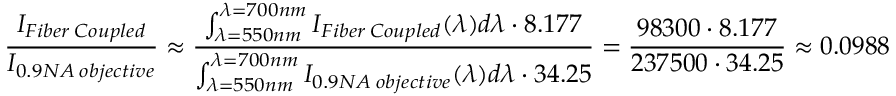
\frac { I _ { F i b e r \: C o u p l e d } } { I _ { 0 . 9 N A \: o b j e c t i v e } } \approx \frac { \int _ { \lambda = 5 5 0 n m } ^ { \lambda = 7 0 0 n m } I _ { F i b e r \: C o u p l e d } ( \lambda ) d \lambda \cdot 8 . 1 7 7 } { \int _ { \lambda = 5 5 0 n m } ^ { \lambda = 7 0 0 n m } I _ { 0 . 9 N A \: o b j e c t i v e } ( \lambda ) d \lambda \cdot 3 4 . 2 5 } = \frac { 9 8 3 0 0 \cdot 8 . 1 7 7 } { 2 3 7 5 0 0 \cdot 3 4 . 2 5 } \approx 0 . 0 9 8 8